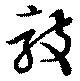
敲